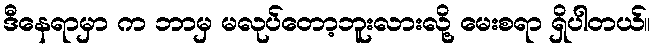
ဒီနေရာမှာ က ဘာမှ မလုပ်တော့ဘူးလားလို့ မေးစရာ ရှိပါတယ်။